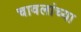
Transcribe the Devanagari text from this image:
चावलांच्या